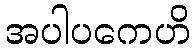
အပါပကေဟိ